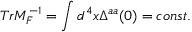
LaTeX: T r M _ { F } ^ { - 1 } = \int d ^ { 4 } x \Delta ^ { a a } ( 0 ) = c o n s t .